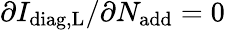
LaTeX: \partial I_{\mathrm{diag,L}}/\partial N_{\mathrm{add}}=0